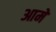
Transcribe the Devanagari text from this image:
आमे